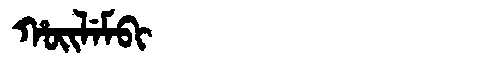
Manchu: ᡥᠣᡳᠯᡝᠮᠪᡳ
Romanization: HOILEMBI